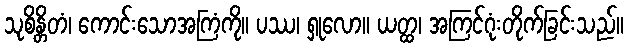
သုစိန္တိတံ၊ ကောင်းသောအကြံကို။ ပဿ၊ ရှုလော။ ယတ္ထ၊ အကြင်ဂုံးတိုက်ခြင်းသည်။